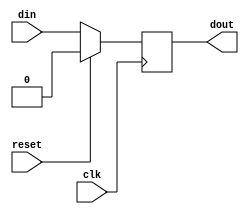
// ***************************************************************************
// ***************************************************************************
// Copyright 2014 - 2017 (c) Analog Devices, Inc. All rights reserved.
//
// In this HDL repository, there are many different and unique modules, consisting
// of various HDL (Verilog or VHDL) components. The individual modules are
// developed independently, and may be accompanied by separate and unique license
// terms.
//
// The user should read each of these license terms, and understand the
// freedoms and responsibilities that he or she has by using this source/core.
//
// This core is distributed in the hope that it will be useful, but WITHOUT ANY
// WARRANTY; without even the implied warranty of MERCHANTABILITY or FITNESS FOR
// A PARTICULAR PURPOSE.
//
// Redistribution and use of source or resulting binaries, with or without modification
// of this file, are permitted under one of the following two license terms:
//
//   1. The GNU General Public License version 2 as published by the
//      Free Software Foundation, which can be found in the top level directory
//      of this repository (LICENSE_GPL2), and also online at:
//      <https://www.gnu.org/licenses/old-licenses/gpl-2.0.html>
//
// OR
//
//   2. An ADI specific BSD license, which can be found in the top level directory
//      of this repository (LICENSE_ADIBSD), and also on-line at:
//      https://github.com/analogdevicesinc/hdl/blob/master/LICENSE_ADIBSD
//      This will allow to generate bit files and not release the source code,
//      as long as it attaches to an ADI device.
//
// ***************************************************************************
// ***************************************************************************

`timescale 1ns/100ps

module util_delay #(

  parameter DATA_WIDTH = 1,
  // the minimum valid value for DELAY_CYCLES is 1
  parameter DELAY_CYCLES = 1) (

  input                             clk,
  input                             reset,
  input                             din,
  output  [DATA_WIDTH-1:0]          dout);

  reg     [DATA_WIDTH-1:0]          dbuf[0:(DELAY_CYCLES-1)];

  always @(posedge clk) begin
    if (reset) begin
      dbuf[0] <= 0;
    end else begin
      dbuf[0] <= din;
    end
  end

  generate
  genvar i;
    for (i = 1; i < DELAY_CYCLES; i=i+1) begin:register_pipe
      always @(posedge clk) begin
        if (reset) begin
          dbuf[i] <= 0;
        end else begin
          dbuf[i] <= dbuf[i-1];
        end
      end
    end
  endgenerate

  assign dout = dbuf[(DELAY_CYCLES-1)];

endmodule